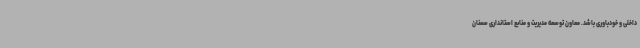
داخلی و خودباوری باشد. معاون توسعه مدیریت و منابع استانداری سمنان